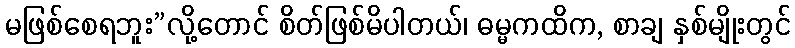
မဖြစ်စေရဘူး”လို့တောင် စိတ်ဖြစ်မိပါတယ်၊ ဓမ္မကထိက, စာချ နှစ်မျိုးတွင်